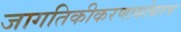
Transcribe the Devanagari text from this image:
जागतिकीकरणासोबतच